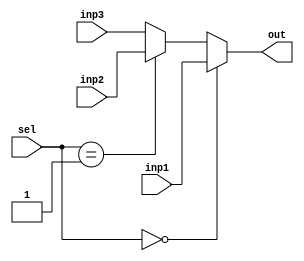
`timescale 1ns / 1ps
//////////////////////////////////////////////////////////////////////////////////
// name - Amit Kumar, Nikhil Saraswat
// Roll- 20CS30003, 20CS10039
// COA - KGP_RISC
//////////////////////////////////////////////////////////////////////////////////
module MUX3x1_5(
	inp1,inp2,inp3,sel,out
    );
	 input [4:0] inp1;
	 input [4:0] inp2;
	 input [4:0] inp3;
	 input [1:0] sel;
	output reg [4:0] out;
	
	always @(*) begin
		if (sel==2'b00)
			out = inp1;
		else if (sel==2'b01)
			out = inp2;
		else
			out =inp3;
	end
	
endmodule